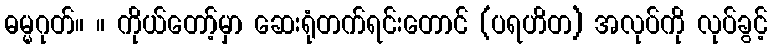
ဓမ္မဂုတ်။ ။ ကိုယ်တော့်မှာ ဆေးရုံတက်ရင်းတောင် (ပရဟိတ) အလုပ်ကို လုပ်ခွင့်